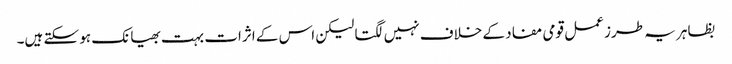
بظاہر یہ طرز عمل قومی مفاد کے خلاف نہیں لگتا لیکن اس کے اثرات بہت بھیانک ہو سکتے ہیں۔